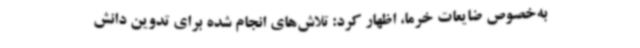
به‌خصوص ضایعات خرما، اظهار کرد: تلاش‌های انجام‌ شده برای تدوین دانش